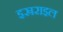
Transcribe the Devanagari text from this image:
इस्रराइल